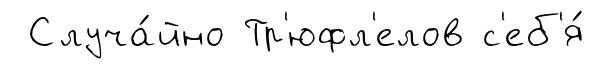
Случа́йно Тр'юфл'елов с'еб'я́